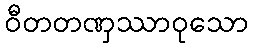
ဝီတတဏှဿာဝုသော